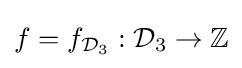
f=f_{{\mathcal {D}}_{3}}:{\mathcal {D}}_{3}\to \mathbb {Z}